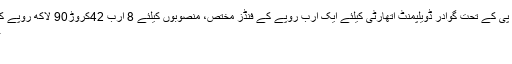
آئندہ مالی سال کیلئے پی ایس ڈی پی کے تحت گوادر ڈویلپمنٹ اتھارٹی کیلئے ایک ارب روپے کے فنڈز مختص، منصوبوں کیلئے 8 ارب 42کروڑ90 لاکھ روپے کے فنڈز جاری کئے جاچکے ہیں
جمعہ 27 اپریل 2018 18:10
اسلام آباد ۔